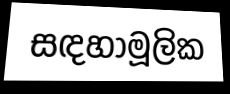
සඳහාමූලික